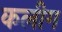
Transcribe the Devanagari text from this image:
कलीग